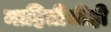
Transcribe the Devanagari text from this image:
माहितीचीही